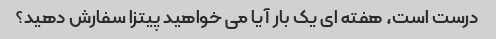
درست است، هفته ای یک بار آیا می خواهید پیتزا سفارش دهید؟